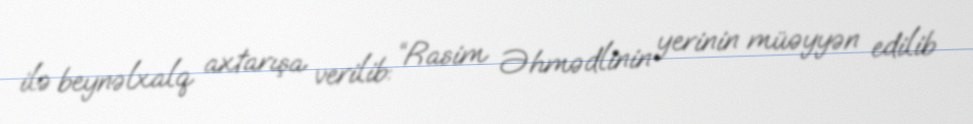
ilə beynəlxalq axtarışa verilib: “Rasim Əhmədlinin yerinin müəyyən edilib